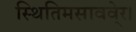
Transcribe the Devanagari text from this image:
स्थितिमसाववे्र।